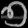
Digit: ၅